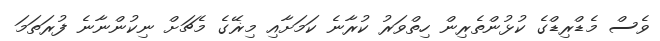
ވެސް މެޑްރިޑްގެ ކުޅުންތެރިން ހިތްވަރު ކުރާނެ ކަމަށާއި މިޜޭގެ މެޗަށް ނިކުންނާނެ ފުރަތަމަ